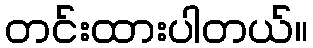
တင်းထားပါတယ်။